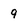
Character: 9